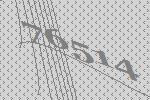
76514